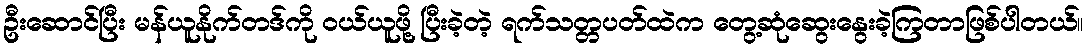
ဦးဆောင်ပြီး မန်ယူနိုက်တဒ်ကို ဝယ်ယူဖို့ ပြီးခဲ့တဲ့ ရက်သတ္တပတ်ထဲက တွေ့ဆုံဆွေးနွေးခဲ့ကြတာဖြစ်ပါတယ်။